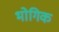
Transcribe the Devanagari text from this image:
भोगिक